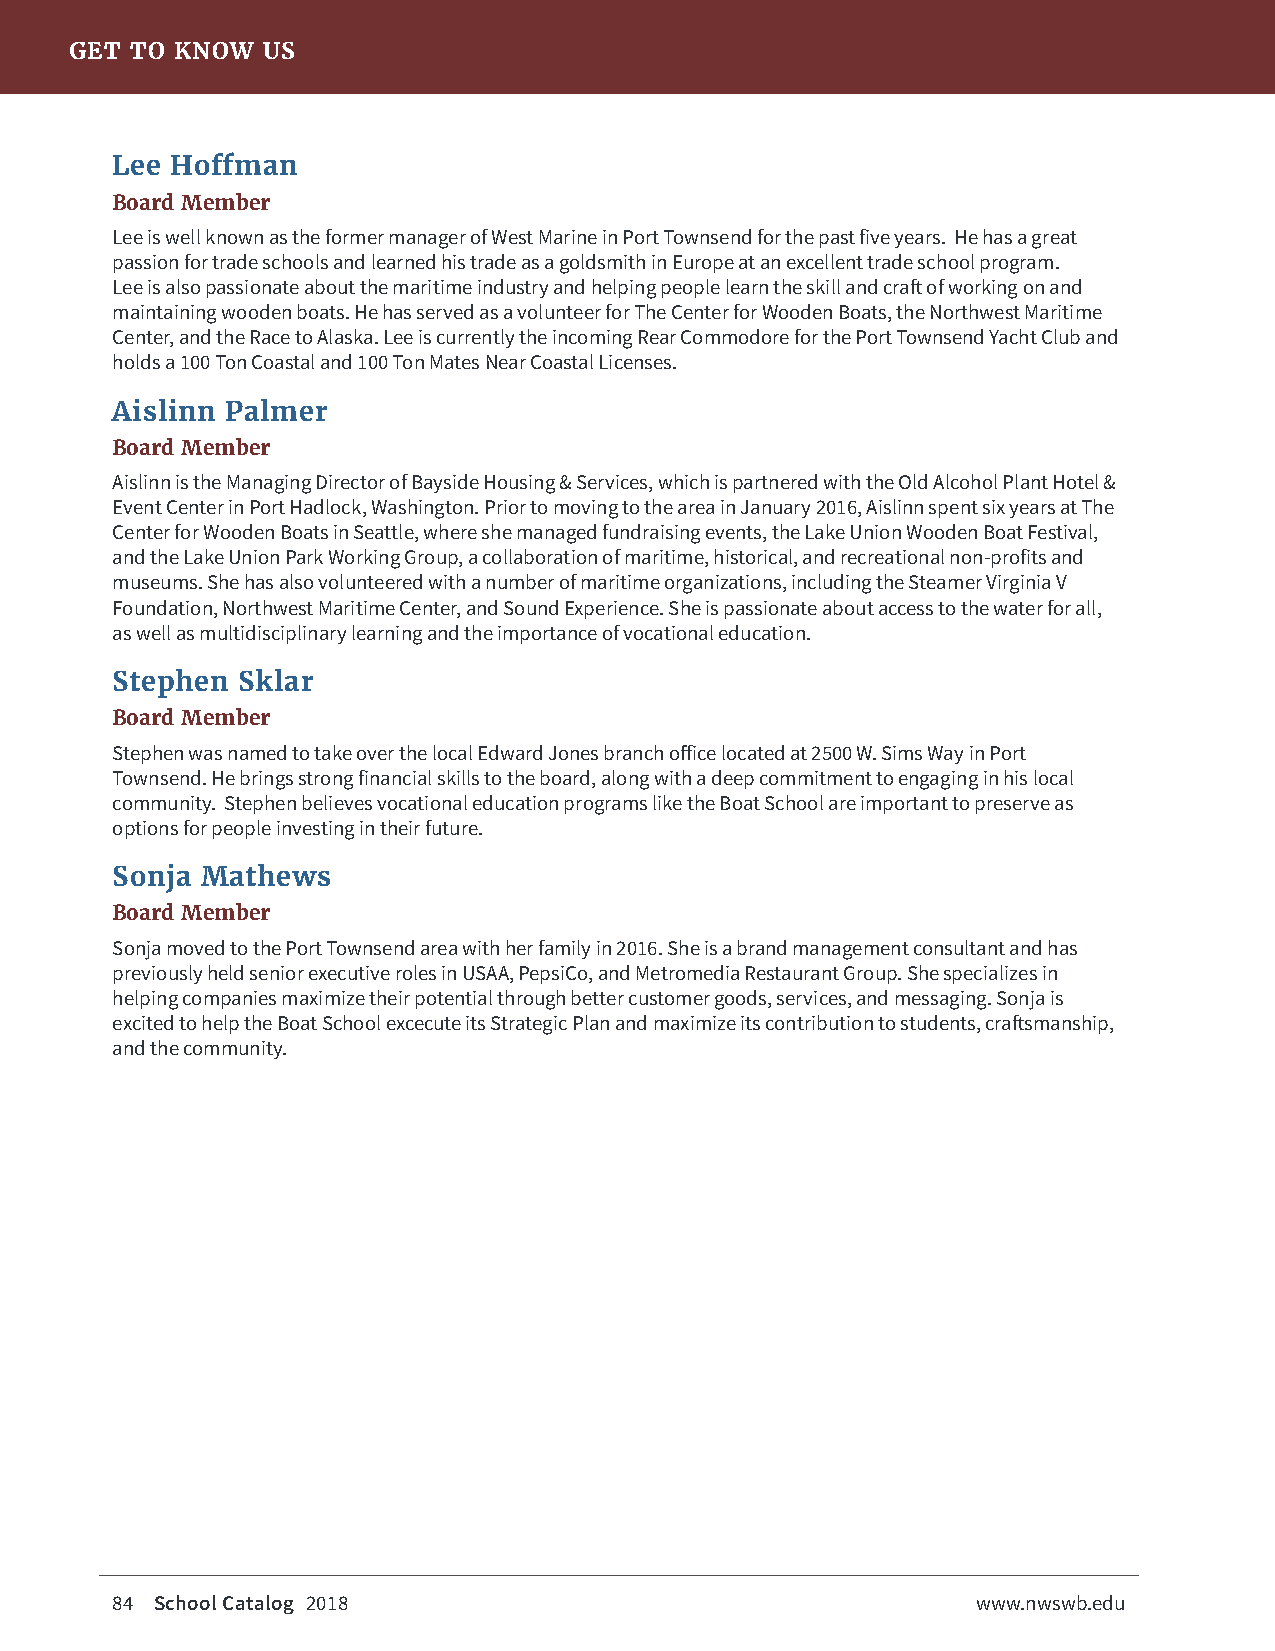
GET TO KNOW US
 Lee Hoffman
 Board Member
 Lee is well known as the former manager of West Marine in Port Townsend for the past five years. He has a great
 passion for trade schools and learned his trade as a goldsmith in Europe at an excellent trade school program.
 Lee is also passionate about the maritime industry and helping people learn the skill and craft of working on and
 maintaining wooden boats. He has served as a volunteer for The Center for Wooden Boats, the Northwest Maritime
 Center, and the Race to Alaska. Lee is currently the incoming Rear Commodore for the Port Townsend Yacht Club and
 holds a 100 Ton Coastal and 100 Ton Mates Near Coastal Licenses.
 Aislinn Palmer
 Board Member
 Aislinn is the Managing Director of Bayside Housing & Services, which is partnered with the Old Alcohol Plant Hotel &
 Event Center in Port Hadlock, Washington. Prior to moving to the area in January 2016, Aislinn spent six years at The
 Center for Wooden Boats in Seattle, where she managed fundraising events, the Lake Union Wooden Boat Festival,
 and the Lake Union Park Working Group, a collaboration of maritime, historical, and recreational non-profits and
 museums. She has also volunteered with a number of maritime organizations, including the Steamer Virginia V
 Foundation, Northwest Maritime Center, and Sound Experience. She is passionate about access to the water for all,
 as well as multidisciplinary learning and the importance of vocational education.
 Stephen  Sklar
 Board Member
 Stephen was named to take over the local Edward Jones branch office located at 2500 W. Sims Way in Port
 Townsend. He brings strong financial skills to the board, along with a deep commitment to engaging in his local
 community. Stephen believes vocational education programs like the Boat School are important to preserve as
 options for people investing in their future.
 Sonja Mathews
 Board Member
 Sonja moved to the Port Townsend area with her family in 2016. She is a brand management consultant and has
 previously held senior executive roles in USAA, PepsiCo, and Metromedia Restaurant Group. She specializes in
 helping companies maximize their potential through better customer goods, services, and messaging. Sonja is
 excited to help the Boat School excecute its Strategic Plan and maximize its contribution to students, craftsmanship,
 and the community.
 84 School Catalog 2018                                    www.nwswb.edu